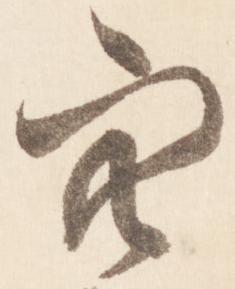
空